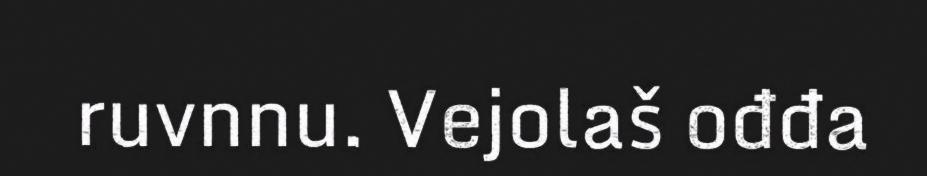
ruvnnu. Vejolaš ođđa